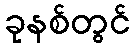
ခုနစ်တွင်